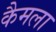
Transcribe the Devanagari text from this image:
कैमला